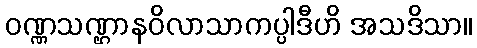
ဝဏ္ဏသဏ္ဌာနဝိလာသာကပ္ပါဒီဟိ အသဒိသာ။